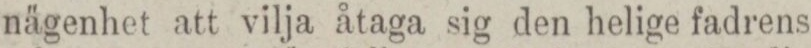
nägenhet att vilja åtaga sig den helige fadrens